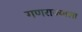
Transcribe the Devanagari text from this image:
गणराज्याला